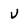
Character: v